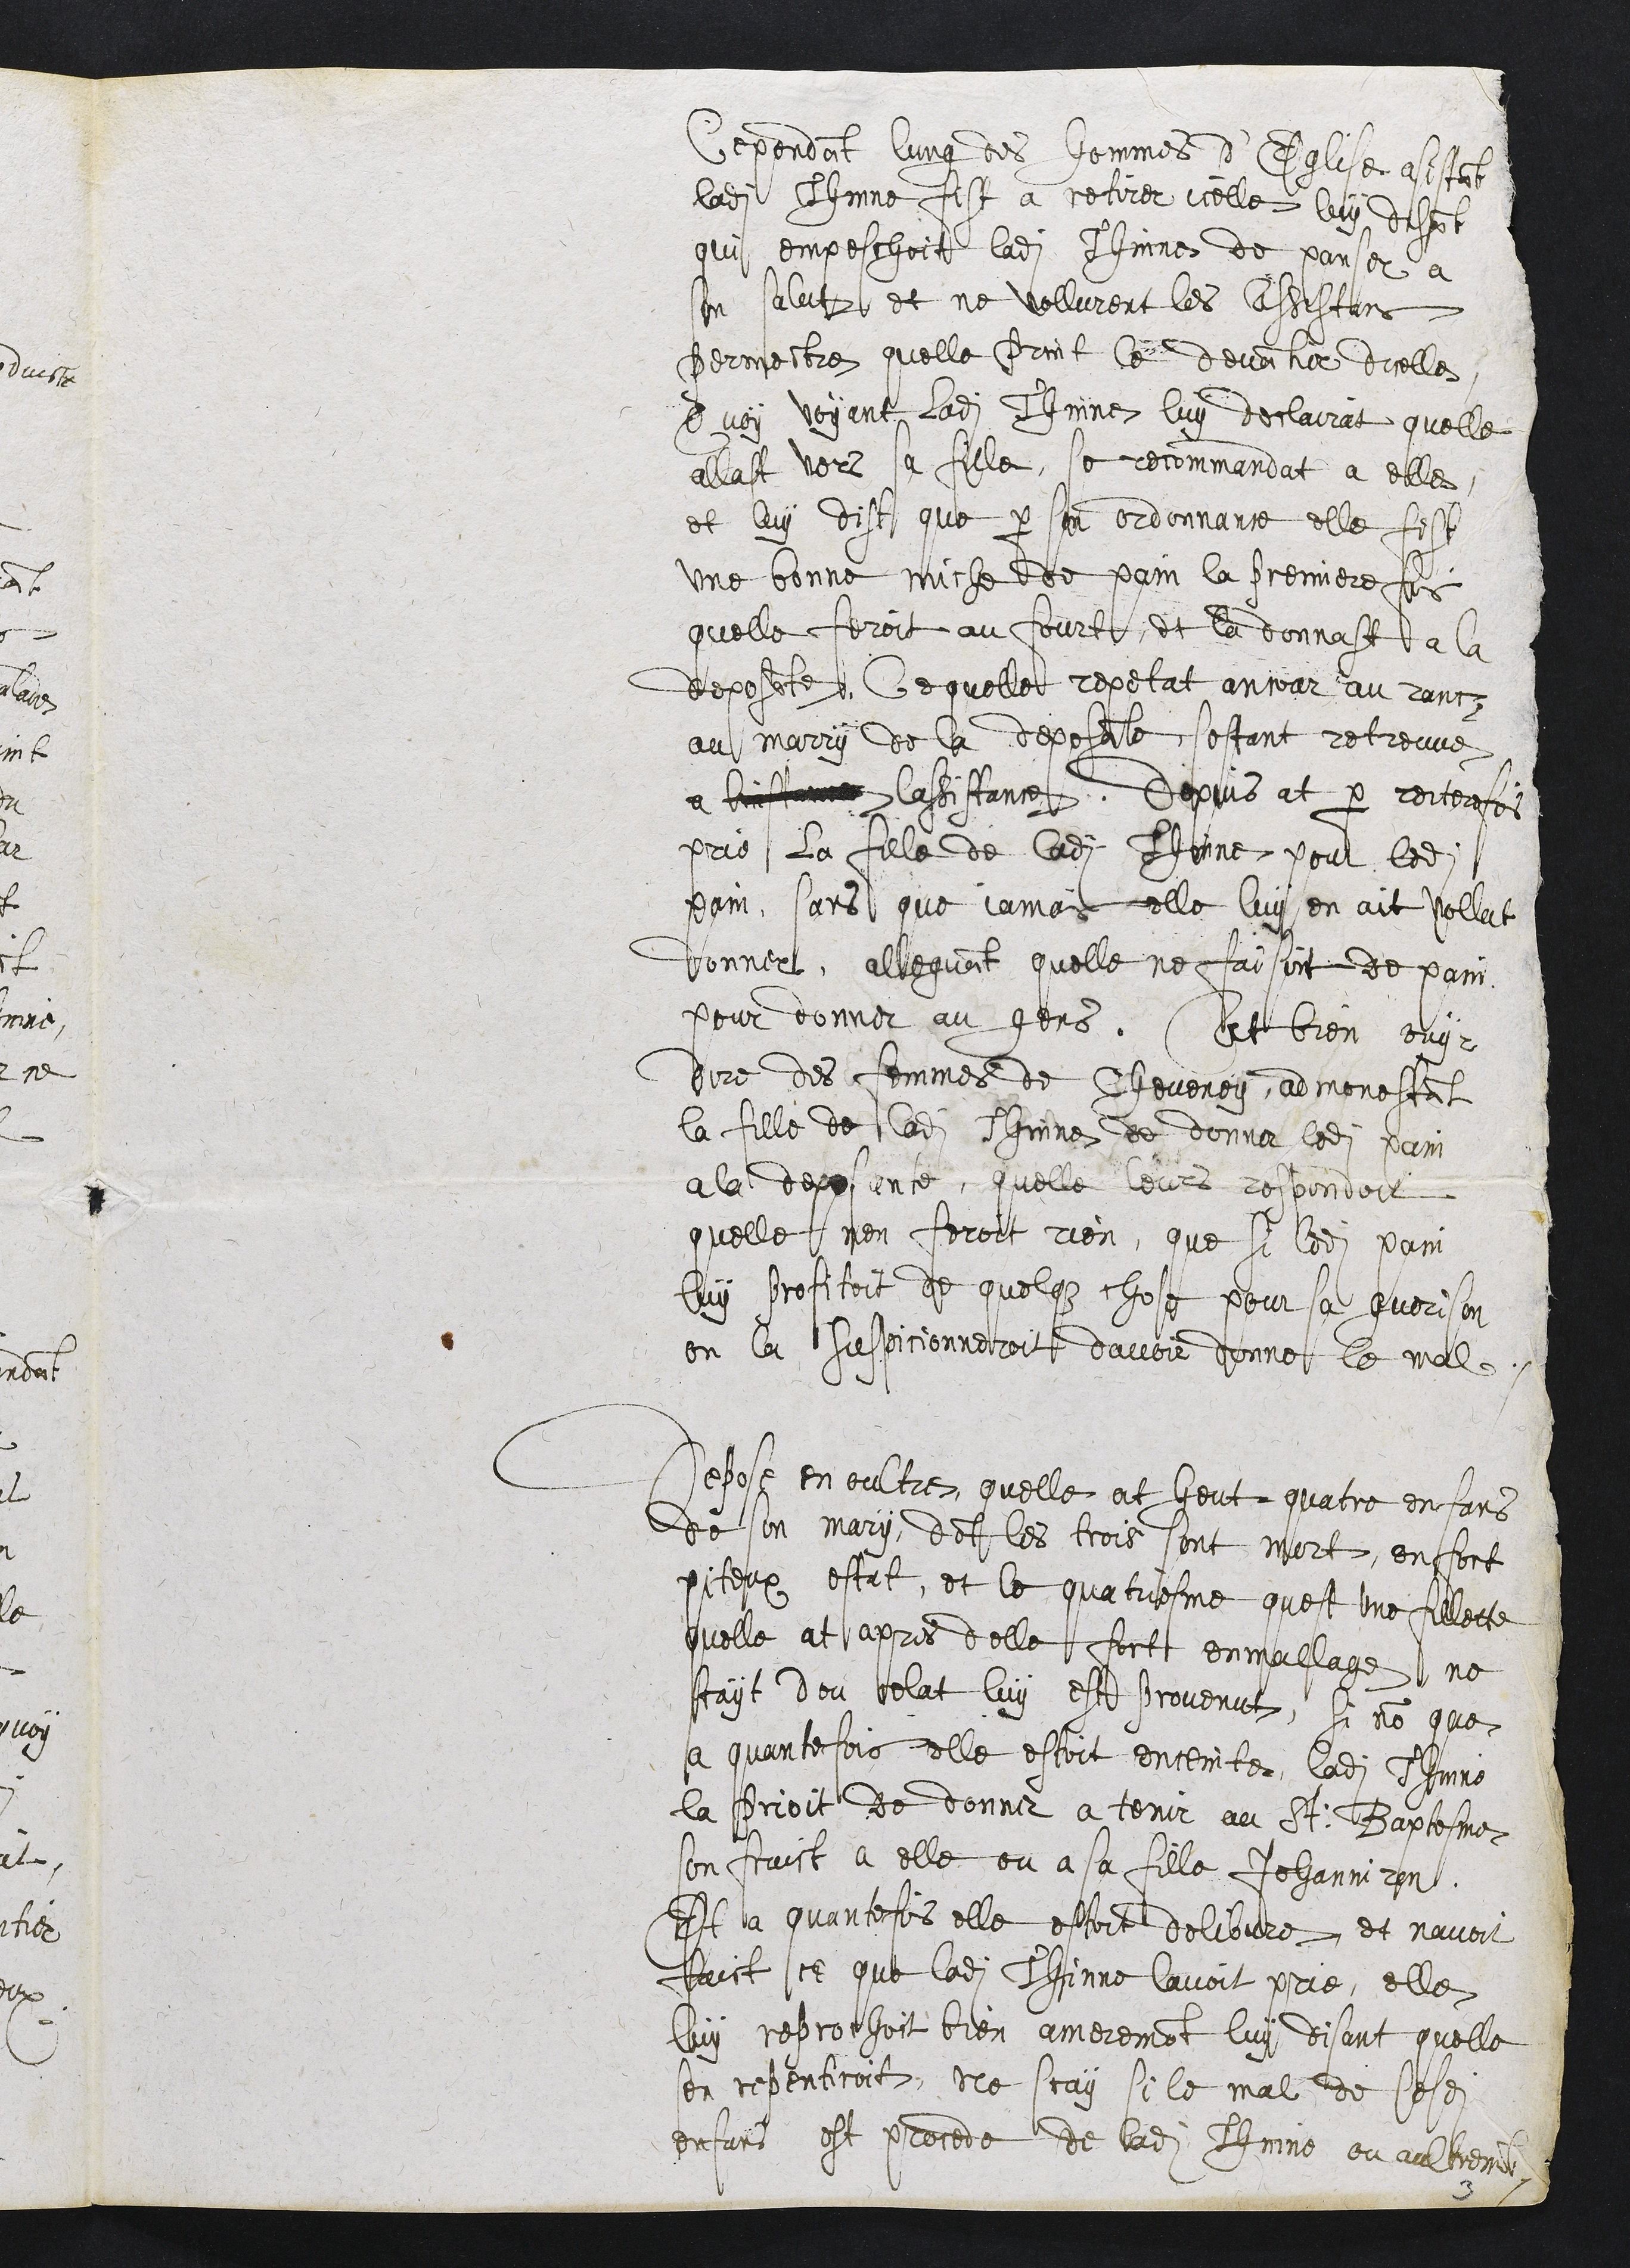
Cependant lung des hommes d'Eglise assistant
ladite Thinne fist a retirer icelle luy disant
qui empeschoit ladite Thinne de panser a
son salut et ne vollurent les assistans
Permettre quelle print le devantier dicelle
Quoy voyant ladite Thinne luy declairat quelle
allast vers sa fille, se recommandat a elle
et luy dist que par son ordonnance elle fist
une bonne miche de pain la premiere fois
quelle feroit au fourt, et la donnast a la
deposante, Ce quelle repetat ancour au rancz
au marry de la deposante, sestant retreuve
a linstance lassistance. Depuis at par reiterefois
prie la fille de ladite Thinne pour ledit
pain, sans que jamais elle luy en ait vollut
donner, alleguant quelle ne faisoit de pain,
pour donner au gens. At bien ouyr
dire des femmes de Cheveney, admonestant
la fille de ladite Thinne de donner ledit pain
a la deposante, quelle leurs respondoit
quelle nen feroit rien, que si ledit pain
luy profitoit de quelque chose pour sa guerison
on la suspicionneroit davoir donne le mal.
Depose en oultre, quelle at heut quatre enfans
de son mary, dont les trois sont mort, en fort
piteux estat, et le quatrieme quest une fillette
quelle at apres delle fort enmallage, ne
scayt dou celat luy est provenut, si non que
a quantefois elle estoit enceinte, ladite Thinne
la prioit de donner a tenir au St: Baptesme
son fruict a elle ou a sa fille Jehanniron
Et a quantefois elle estoit delibvre, et navoit
faict ce que ladite Thinne lavoit prie, elle
luy reprochoit bien amerement luy disant quelle
sen repentiroit, Ne scay si le mal de sesdits
enfans est procede de ladite Thinne ou aultrement
3